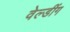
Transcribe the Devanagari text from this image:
वेल्डींग